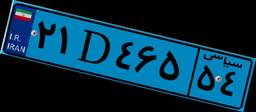
۱۲D۴۲۹۹۲